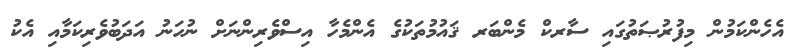
އެހެންކަމުން މިފުރުޞަތުގައި ސާރކް މެންބަރ ޤައުމުތަކުގެ އެންމެހާ އިސްވެރިންނަށް ނުހަނު އަދަބުވެރިކަމާއި އެކު